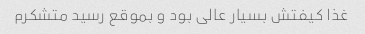
غذا کیفتش بسیار عالی بود و بموقع رسید متشکرم